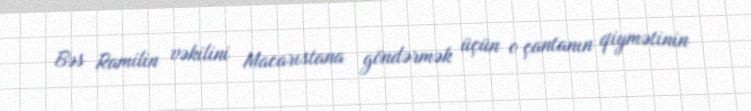
Bəs Ramilin vəkilini Macarıstana göndərmək üçün o çantanın qiymətinin